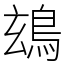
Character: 䲻